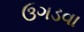
ઉગડવા